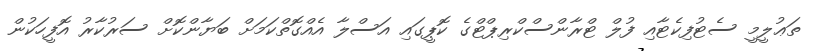
ތަޢުލީމީ ސެޓުފިކެޓާއި ފުލް ޓްރާންސްކްރިޕްޓްގެ ކޮޕީގައި އަސްލާ އެއްގޮތްކަމަށް ބަޔާންކޮށް ސަރުކާރު އޮފީހަކުން